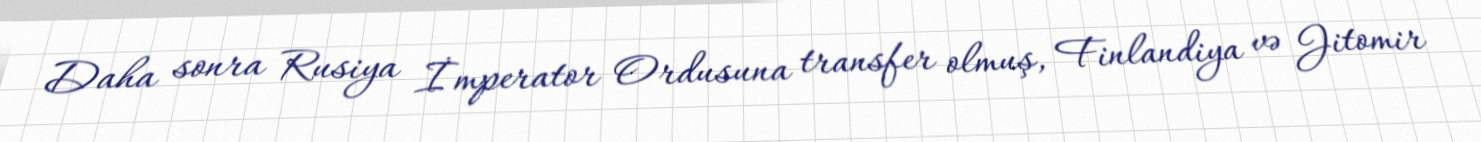
Daha sonra Rusiya İmperator Ordusuna transfer olmuş, Finlandiya və Jitomir